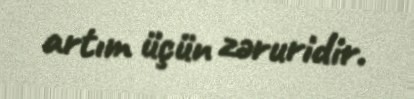
artım üçün zəruridir.